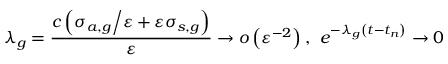
\lambda _ { g } = \frac { c \left( { \sigma _ { a , g } \mathord { \left/ { \vphantom { \sigma _ { a , g } \varepsilon } } \right. \kern - \nulldelimiterspace } \varepsilon } + \varepsilon \sigma _ { s , g } \right) } { \varepsilon } \to o \left( \varepsilon ^ { - 2 } \right) \mathrm { , } \; \; e ^ { - \lambda _ { g } \left( t - t _ { n } \right) } \to 0